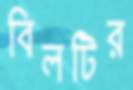
বিলটির